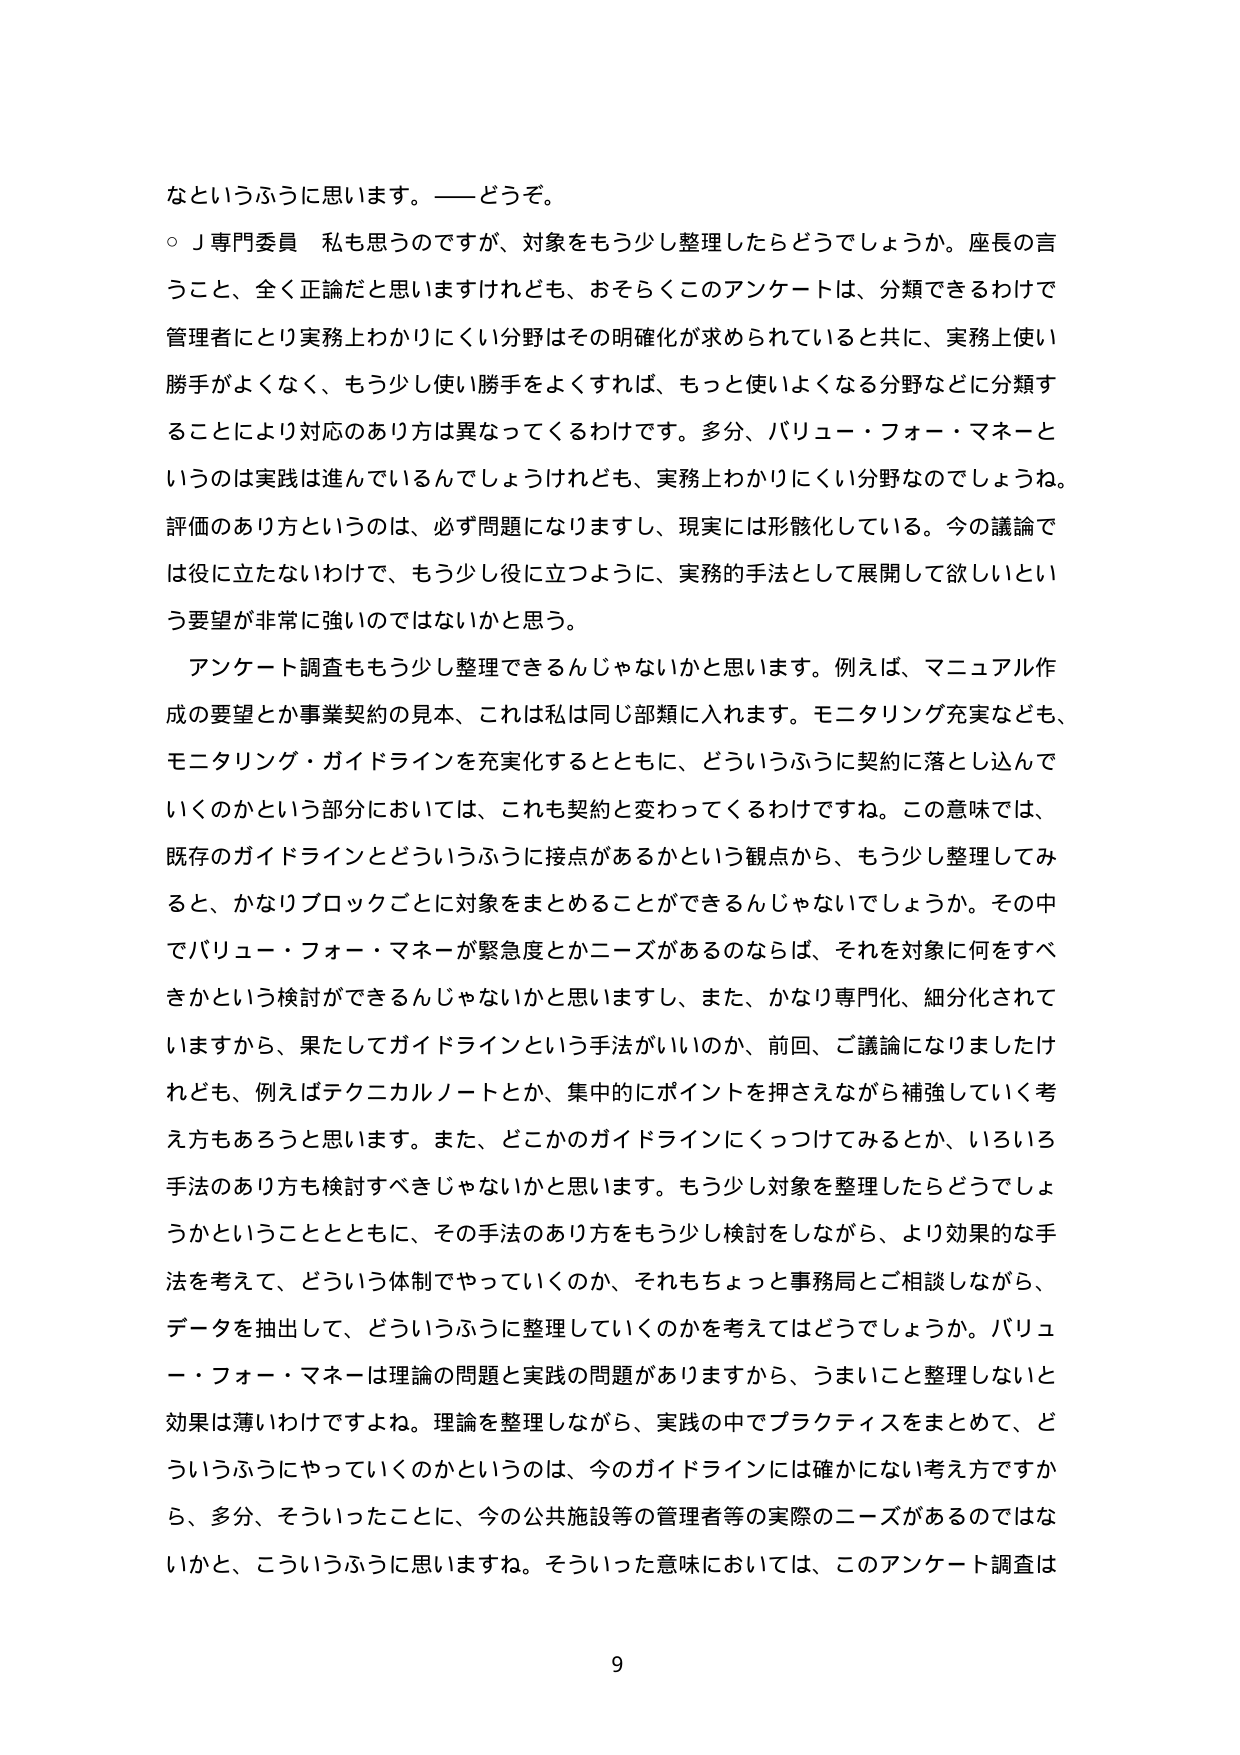
なというふうに思います。――どうぞ。

○Ｊ専門委員　私も思うのですが、対象をもう少し整理したらどうでしょうか。座長の言うこと、全く正論だと思いますけれども、おそらくこのアンケートは、分類できるわけで管理者にとり実務上わかりにくい分野はその明確化が求められていると共に、実務上使い勝手がよくなく、もう少し使い勝手をよくすれば、もっと使いよくなる分野などに分類することにより対応のあり方は異なってくるわけです。多分、バリュー・フォー・マネーというのは実践は進んでいるんでしょうけれども、実務上わかりにくい分野なのでしょうね。評価のあり方というのは、必ず問題になりますし、現実には形骸化している。今の議論では役に立たないわけで、もう少し役に立つように、実務的手法として展開して欲しいという要望が非常に強いのではないかと思う。

アンケート調査ももう少し整理できるんじゃないかなと思います。例えば、マニュアル作成の要望とか事業契約の見本、これは私は同じ部類に入ります。モニタリング充実なども、モニタリング・ガイドラインを充実化するとともに、どういうふうに契約に落とし込んでいくのかという部分においては、これも契約と変わってくるわけです。この意味では、既存のガイドラインとどういうふうに接点があるかという観点から、もう少し整理してみると、かなりブロックごとに対象をまとめることができるんじゃないでしょうか。その中でバリュー・フォー・マネーが緊急度とかニーズがあるのならば、それを対象に何をすべきかという検討ができるんじゃないかなと思いますし、また、かなり専門化、細分化されていますから、果たしてガイドラインという手法がいいのか、前回、ご議論になりましたけれども、例えばテクニカルノートとか、集中的にポイントを押さえながら補強していく考え方もあるろうと思います。また、どこかのガイドラインにくっつけてみるとか、いろいろ手法のあり方も検討すべきじゃないかと思います。もう少し対象を整理したらどうでしょうかということとともに、その手法のあり方をもう少し検討をしながら、より効果的な手法を考えて、どういう体制でやっていくのか、それもちょっと事務局とご相談しながら、データを抽出して、どういうふうに整理していくのかを考えてはどうでしょうか。バリュー・フォー・マネーは理論の問題と実践の問題がありますから、うまいこと整理しないと効果は薄いわけですよね。理論を整理しながら、実践の中でプラクティスをまとめて、どういうふうにやっていくのかというのは、今のガイドラインには確かない考え方ですから、多分、そういったことに、今の公共施設等の管理者等の実際のニーズがあるのではないかと、こういうふうに思いますね。そういった意味においては、このアンケート調査は

9